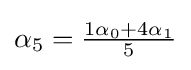
{\textstyle \alpha _{5}={{1\alpha _{0}+4\alpha _{1}} \over 5}}